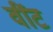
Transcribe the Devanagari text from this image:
वींट